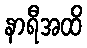
နာရီအထိ